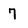
Character: 7